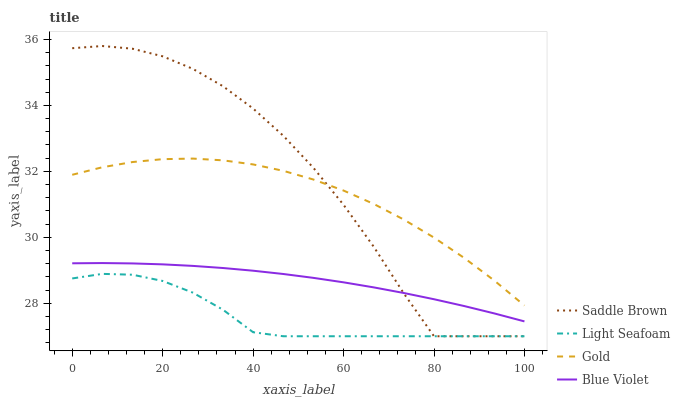
| xaxis_label | Saddle Brown | Light Seafoam | Gold | Blue Violet |
 | --- | --- | --- | --- | --- |
 | 0 | 35.7 | 28.8 | 31.9 | 29.2 |
 | 6.67 | 35.8 | 28.9 | 32.1 | 29.2 |
 | 13.3 | 35.7 | 28.9 | 32.3 | 29.2 |
 | 20 | 35.5 | 28.7 | 32.4 | 29.2 |
 | 26.7 | 35.1 | 28.3 | 32.4 | 29.1 |
 | 33.3 | 34.6 | 27.8 | 32.3 | 29.1 |
 | 40 | 33.9 | 27.1 | 32.2 | 29 |
 | 46.7 | 33.1 | 27 | 32 | 28.9 |
 | 53.3 | 32.1 | 27 | 31.8 | 28.8 |
 | 60 | 31 | 27 | 31.4 | 28.6 |
 | 66.7 | 29.7 | 27 | 31 | 28.5 |
 | 73.3 | 28.3 | 27 | 30.5 | 28.3 |
 | 80 | 27 | 27 | 30 | 28.1 |
 | 86.7 | 27 | 27 | 29.4 | 27.9 |
 | 93.3 | 27 | 27 | 28.7 | 27.7 |
 | 100 | 27 | 27 | 27.9 | 27.5 |